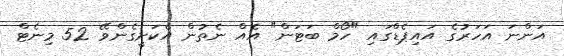
އަންނަ އަހަރުގެ އައިޕެޑްގައި "ހޯމް ބަޓަން" އެއް ނެތުން އެކަށީގެންވޭ 52 މިނެޓް